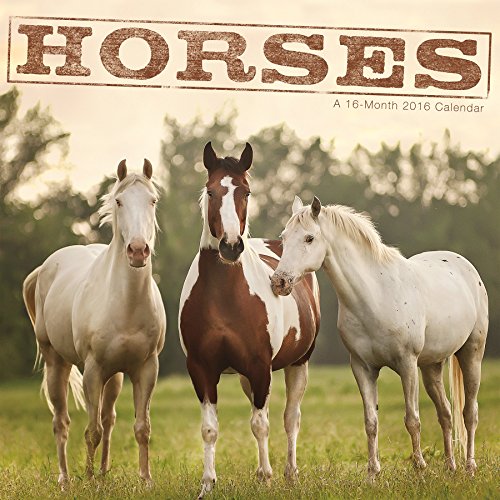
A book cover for Horses 2016 Wall Calendar; Trends International; Calendars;